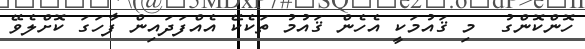
ހޮންކޮންގު  މި ޤައުމަކީ އެހެން ޤައުމު ތަކެކޭ އެއްފަދައިން ފާހަގަ ކޮށްލެވޭ